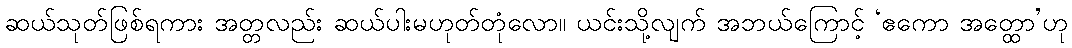
ဆယ်သုတ်ဖြစ်ရကား အတ္တလည်း ဆယ်ပါးမဟုတ်တုံလော။ ယင်းသို့လျက် အဘယ်ကြောင့် ‘ဧကော အတ္ထော’ဟု